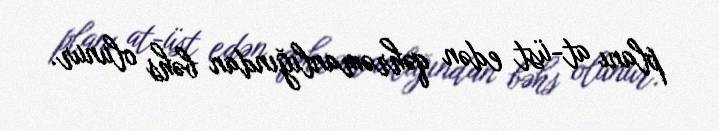
planı at-üst edən qəhrəmanlığından bəhs olunur.